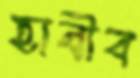
হাবীব